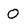
Character: 0